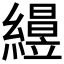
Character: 𥫅